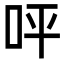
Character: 呯